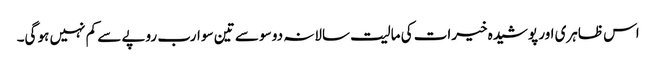
اس ظاہری اور پوشیدہ خیرات کی مالیت سالانہ دو سو سے تین سو ارب روپے سے کم نہیں ہو گی۔